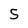
Character: 5